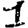
Digit: 1